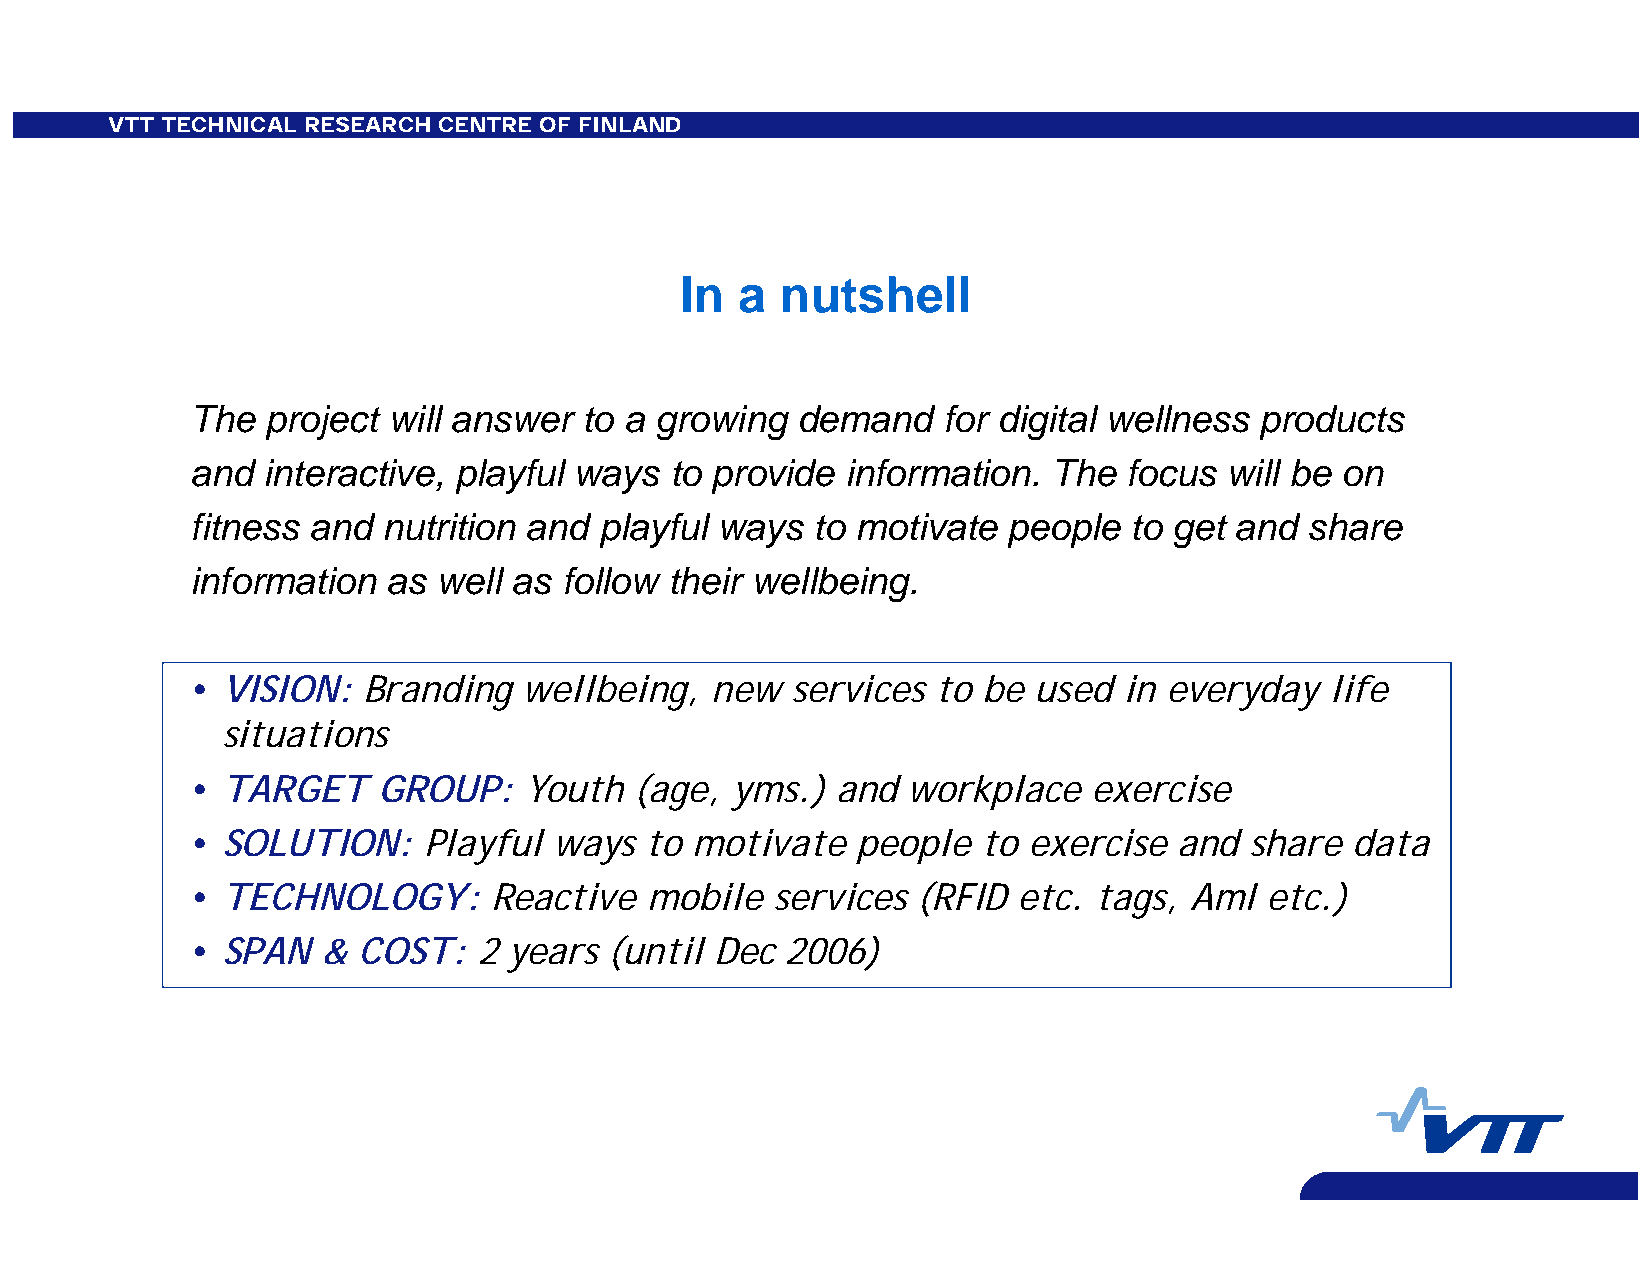
VTT TECHNICAL RESEARCH CENTRE OF FINLAND
 In  a  nutshell
 The  project will answer  to a growing  demand   for digital wellness products
 and interactive, playful ways  to provide  information.  The  focus will be on
 fitness and nutrition and  playful ways  to motivate  people  to get and  share
 information  as well as follow their wellbeing.
 • VISION:  Branding   wellbeing,  new  services  to be used  in everyday   life
 situations
 • TARGET    GROUP:    Youth  (age, yms.)  and  workplace   exercise
 • SOLUTION:    Playful  ways  to motivate   people  to exercise  and  share  data
 • TECHNOLOGY:      Reactive   mobile  services  (RFID etc.  tags, AmI  etc.)
 • SPAN  &  COST:   2 years (until Dec  2006)